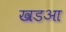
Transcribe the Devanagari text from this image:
खडआ